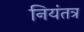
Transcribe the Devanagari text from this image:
नियंतत्र